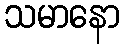
သမာနော